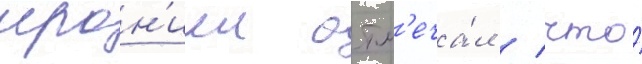
ирон'иеи отм'еча́л / что́